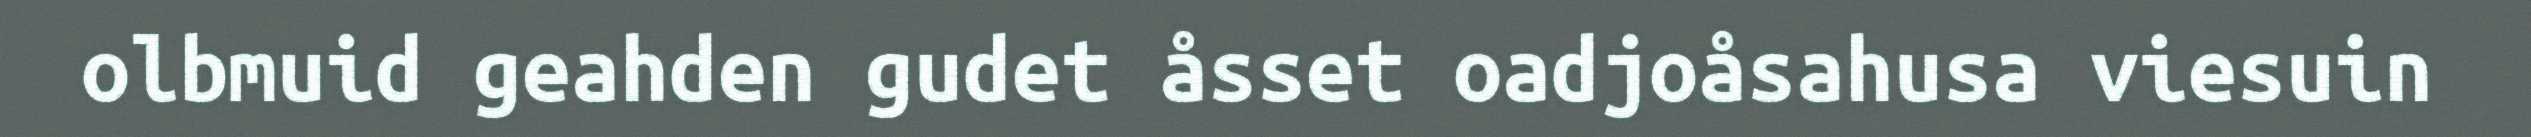
olbmuid geahden gudet åsset oadjoåsahusa viesuin